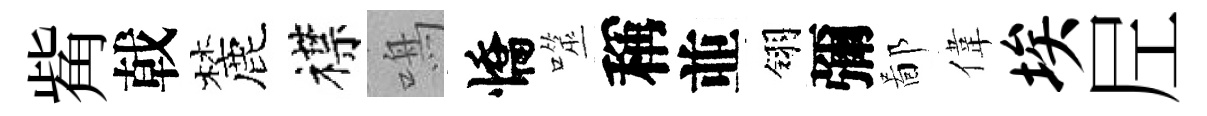
觜戟麓襟鳴憍噬稱並翎彌鄙偉埃𡰱